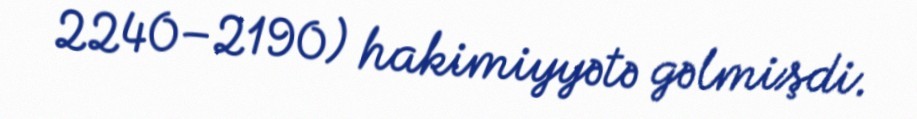
2240–2190) hakimiyyətə gəlmişdi.